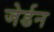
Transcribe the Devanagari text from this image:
जेर्डन